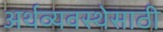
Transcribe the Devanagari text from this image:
अर्थव्यवस्थेसाठी